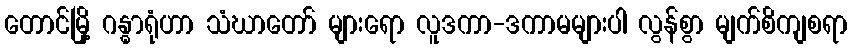
တောင်မြို့ ဂန္ဓာရုံဟာ သံဃာတော် များရော လူဒကာ-ဒကာမများပါ လွန်စွာ မျက်စိကျစရာ